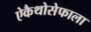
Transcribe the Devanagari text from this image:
ऐकैथोसेफाला